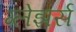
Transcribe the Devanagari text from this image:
ग्लेझर्स